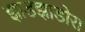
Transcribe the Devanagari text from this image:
झाडझाडोरा